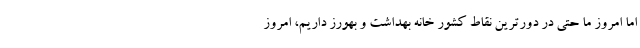
اما امروز ما حتی در دورترین نقاط کشور خانه بهداشت و بهورز داریم، امروز